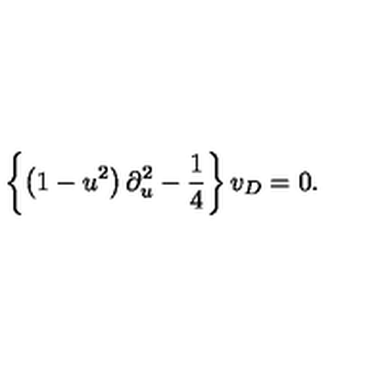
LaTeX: \left\{ \left( 1 - u ^ { 2 } \right) \partial _ { u } ^ { 2 } - \frac { 1 } { 4 } \right\} v _ { D } = 0 .